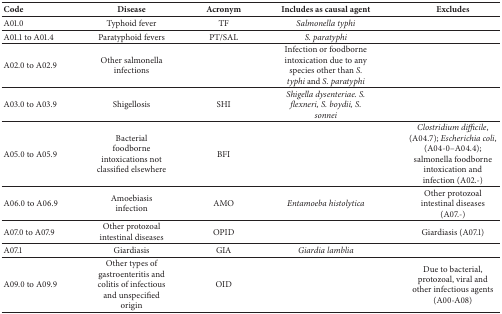
| Code | Disease | Acronym | Includes as causal agent | Excludes |
 | --- | --- | --- | --- | --- |
 | A01.0 | Typhoid fever | TF | Salmonella typhi |  |
 | A01.1 to A01.4 | Paratyphoid fevers | PT/SAL | S. paratyphi |  |
 | A02.0 to A02.9 | Other salmonella infections |  | Infection or foodborne intoxication due to any species other than S. typhi and S. paratyphi |  |
 | A03.0 to A03.9 | Shigellosis | SHI | Shigella dysenteriae. S. flexneri, S. boydii, S. sonnei |  |
 | A05.0 to A05.9 | Bacterial foodborne intoxications not classified elsewhere | BFI |  | Clostridium difficile, (A04.7); Escherichia coli, (A04-0–A04.4); salmonella foodborne intoxication and infection (A02.-) |
 | A06.0 to A06.9 | Amoebiasis infection | AMO | Entamoeba histolytica | Other protozoal intestinal diseases (A07.-) |
 | A07.0 to A07.9 | Other protozoal intestinal diseases | OPID |  | Giardiasis (A07.1) |
 | A07.1 | Giardiasis | GIA | Giardia lamblia |  |
 | A09.0 to A09.9 | Other types of gastroenteritis and colitis of infectious and unspecified origin | OID |  | Due to bacterial, protozoal, viral and other infectious agents (A00-A08) |